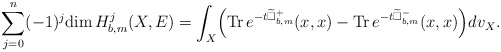
\begin{align*} \sum^n_{j=0}(-1)^j\mathrm{dim\,}H^j_{b,m}(X,E)=\int_X\Bigr(\mathrm{Tr\,}e^{-t\widetilde{\Box}^+_{b,m}}(x,x)-\mathrm{Tr\,}e^{-t\widetilde{\Box}^-_{b,m}}(x,x)\Bigr)dv_X.\end{align*}